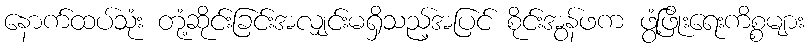
နောက်ထပ်သုံး တုံ့ဆိုင်းခြင်းအလျှင်းမရှိသည့်အပြင် စိုင်းအွန်ဖက ဖွံ့ဖြိုးရေးကိစ္စများ